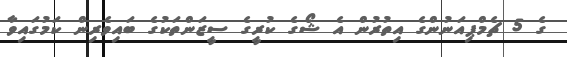
ގެ 5 ޗެމްޕިއަނުންގެ އިތުރުން އެ ޝޯގެ ކުރީގެ ސީޒަންތަކުގެ ބައިވެރިން ކަމުގައިވާ